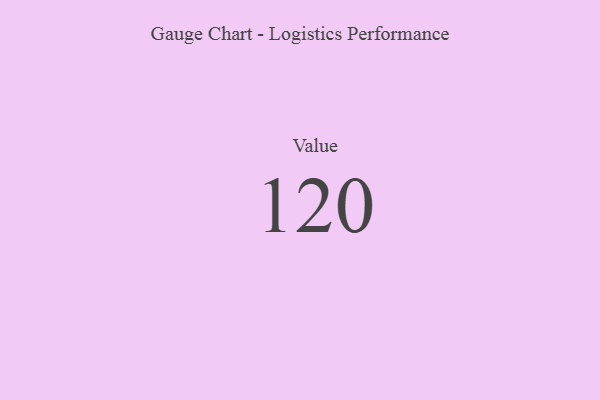
{"axis": {"x": "Metric", "y": "Value"}, "legend": [""], "data": [{"x": "Value", "y": 120, "type": ""}]}